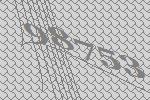
98753